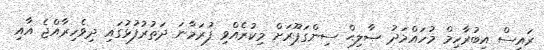
ރައީސް އިބުރާހިމް މުހައްމަދު ޞާލިޙް ސިންގަޕޫރަށް މިކުރެއްވި ފުރަމާނަ ދަތުރުފުޅުގައި ދިވެހިރާއްޖެ އާއި